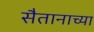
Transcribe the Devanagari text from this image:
सैतानाच्या